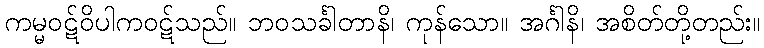
ကမ္မဝဋ်ဝိပါကဝဋ်သည်။ ဘဝသင်္ခါတာနိ၊ ကုန်သော။ အင်္ဂါနိ၊ အစိတ်တို့တည်း။